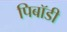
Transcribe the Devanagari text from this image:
पिबॉडी